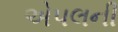
એપલની